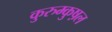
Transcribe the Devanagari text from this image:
कुरुम्कुष़ल